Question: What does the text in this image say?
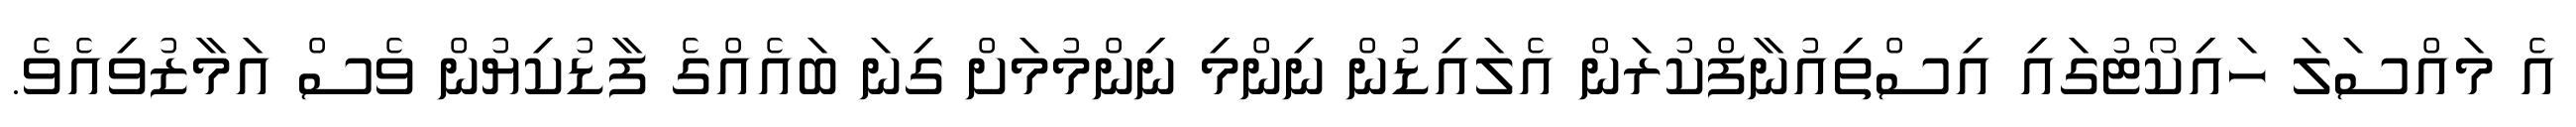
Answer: އެ މައްސަލަ ހައިކޯޓުގައި އިސްތިއުނާފްކުރަން އެލައިޑުން ނިންމި ނިންމުމަށް ގިނަ ބައެއްގެ ފާޑުކިޔުން ވެސް އަމާޒުވިއެވެ.